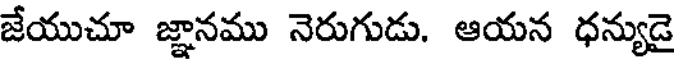
జేయుచూ జ్ఞానము నెరుగుడు. ఆయన ధన్యుడై